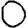
Digit: 0